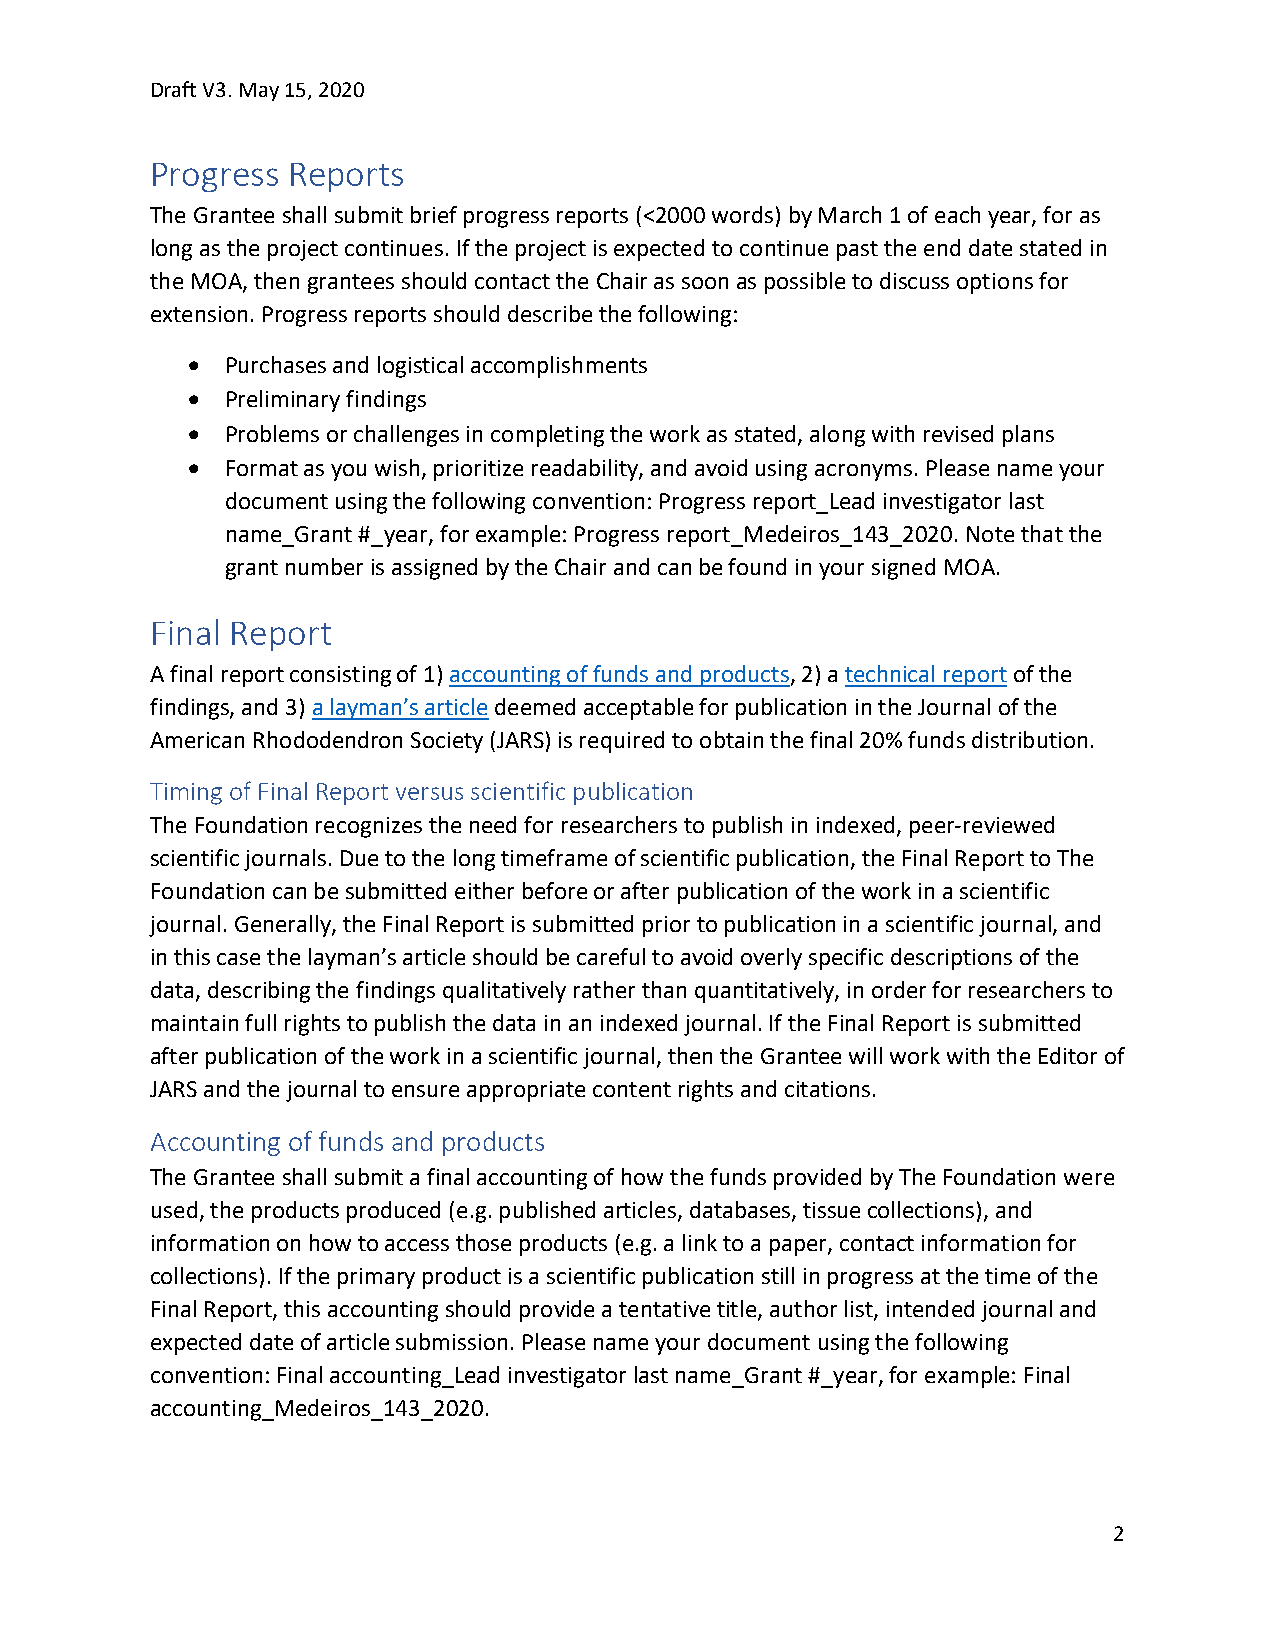
Draft V3. May 15, 2020
 Progress Reports
 The Grantee shall submit brief progress reports (<2000 words) by March 1 of each year, for as
 long as the project continues. If the project is expected to continue past the end date stated in
 the MOA, then grantees should contact the Chair as soon as possible to discuss options for
 extension. Progress reports should describe the following:
   Purchases and logistical accomplishments
   Preliminary findings
   Problems or challenges in completing the work as stated, along with revised plans
   Format as you wish, prioritize readability, and avoid using acronyms. Please name your
 document using the following convention: Progress report_Lead investigator last
 name_Grant #_year, for example: Progress report_Medeiros_143_2020. Note that the
 grant number is assigned by the Chair and can be found in your signed MOA.
 Final Report
 A final report consisting of 1) accounting of funds and products, 2) a technical report of the
 findings, and 3) a layman’s article deemed acceptable for publication in the Journal of the
 American Rhododendron Society (JARS) is required to obtain the final 20% funds distribution.
 Timing of Final Report versus scientific publication
 The Foundation recognizes the need for researchers to publish in indexed, peer-reviewed
 scientific journals. Due to the long timeframe of scientific publication, the Final Report to The
 Foundation can be submitted either before or after publication of the work in a scientific
 journal. Generally, the Final Report is submitted prior to publication in a scientific journal, and
 in this case the layman’s article should be careful to avoid overly specific descriptions of the
 data, describing the findings qualitatively rather than quantitatively, in order for researchers to
 maintain full rights to publish the data in an indexed journal. If the Final Report is submitted
 after publication of the work in a scientific journal, then the Grantee will work with the Editor of
 JARS and the journal to ensure appropriate content rights and citations.
 Accounting of funds and products
 The Grantee shall submit a final accounting of how the funds provided by The Foundation were
 used, the products produced (e.g. published articles, databases, tissue collections), and
 information on how to access those products (e.g. a link to a paper, contact information for
 collections). If the primary product is a scientific publication still in progress at the time of the
 Final Report, this accounting should provide a tentative title, author list, intended journal and
 expected date of article submission. Please name your document using the following
 convention: Final accounting_Lead investigator last name_Grant #_year, for example: Final
 accounting_Medeiros_143_2020.
 2